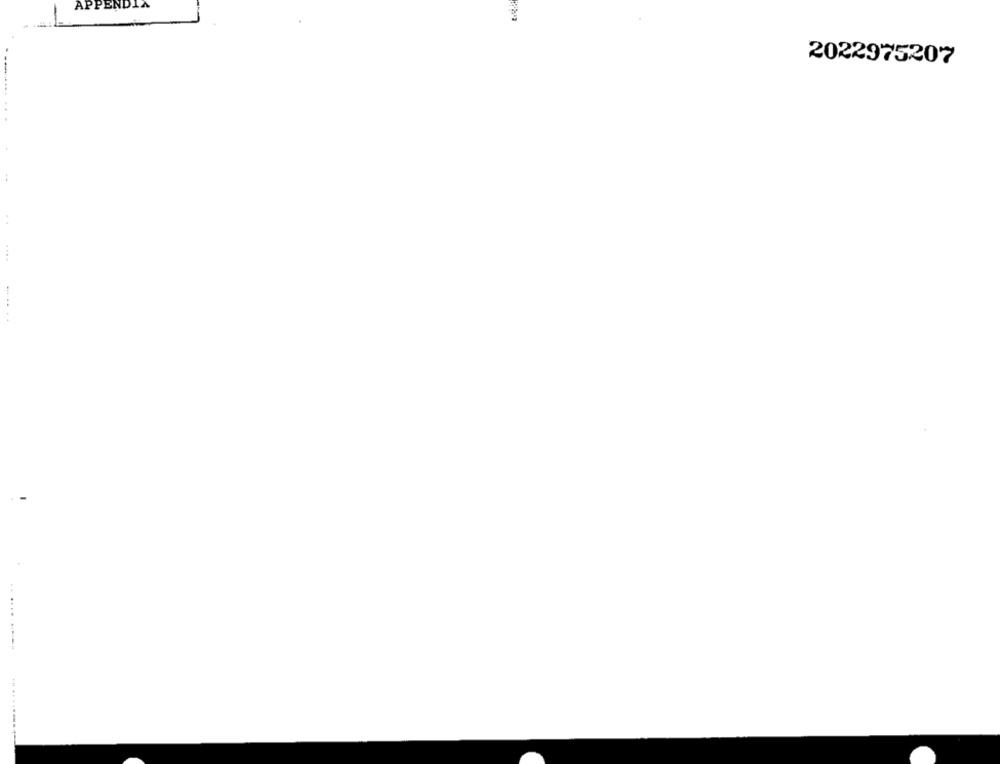
APPENDIA
2022975207
... ...